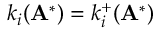
k _ { i } ( \mathbf { A } ^ { * } ) = k _ { i } ^ { + } ( \mathbf { A } ^ { * } )